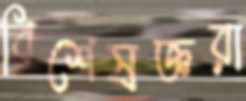
বিশেষজ্ঞরা